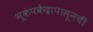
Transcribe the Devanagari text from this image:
भूकंपकेंद्रापासूनची